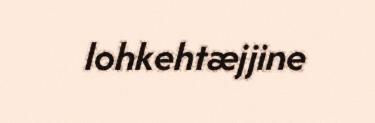
lohkehtæjjine